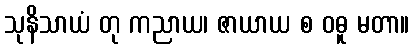
သုနိသာယံ တု ကညာယ၊ ဇာယာယ စ ဝဓူ မတာ။